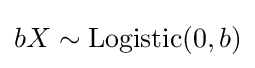
bX\sim \operatorname {Logistic} (0,b)